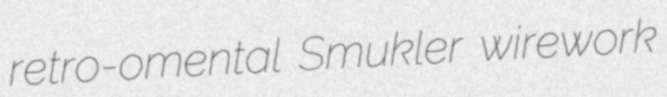
retro-omental Smukler wirework